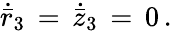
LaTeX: \dot{\bar{r}}_{3}\, =\, \dot{\bar{z}}_{3}\, =\, 0\, .